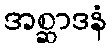
အစ္ဆာဒနံ